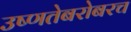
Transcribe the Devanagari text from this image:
उष्णतेबरोबरच